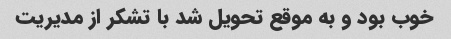
خوب بود و به موقع تحویل شد با تشکر از مدیریت